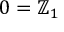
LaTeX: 0 = \mathbb { Z } _ { 1 }